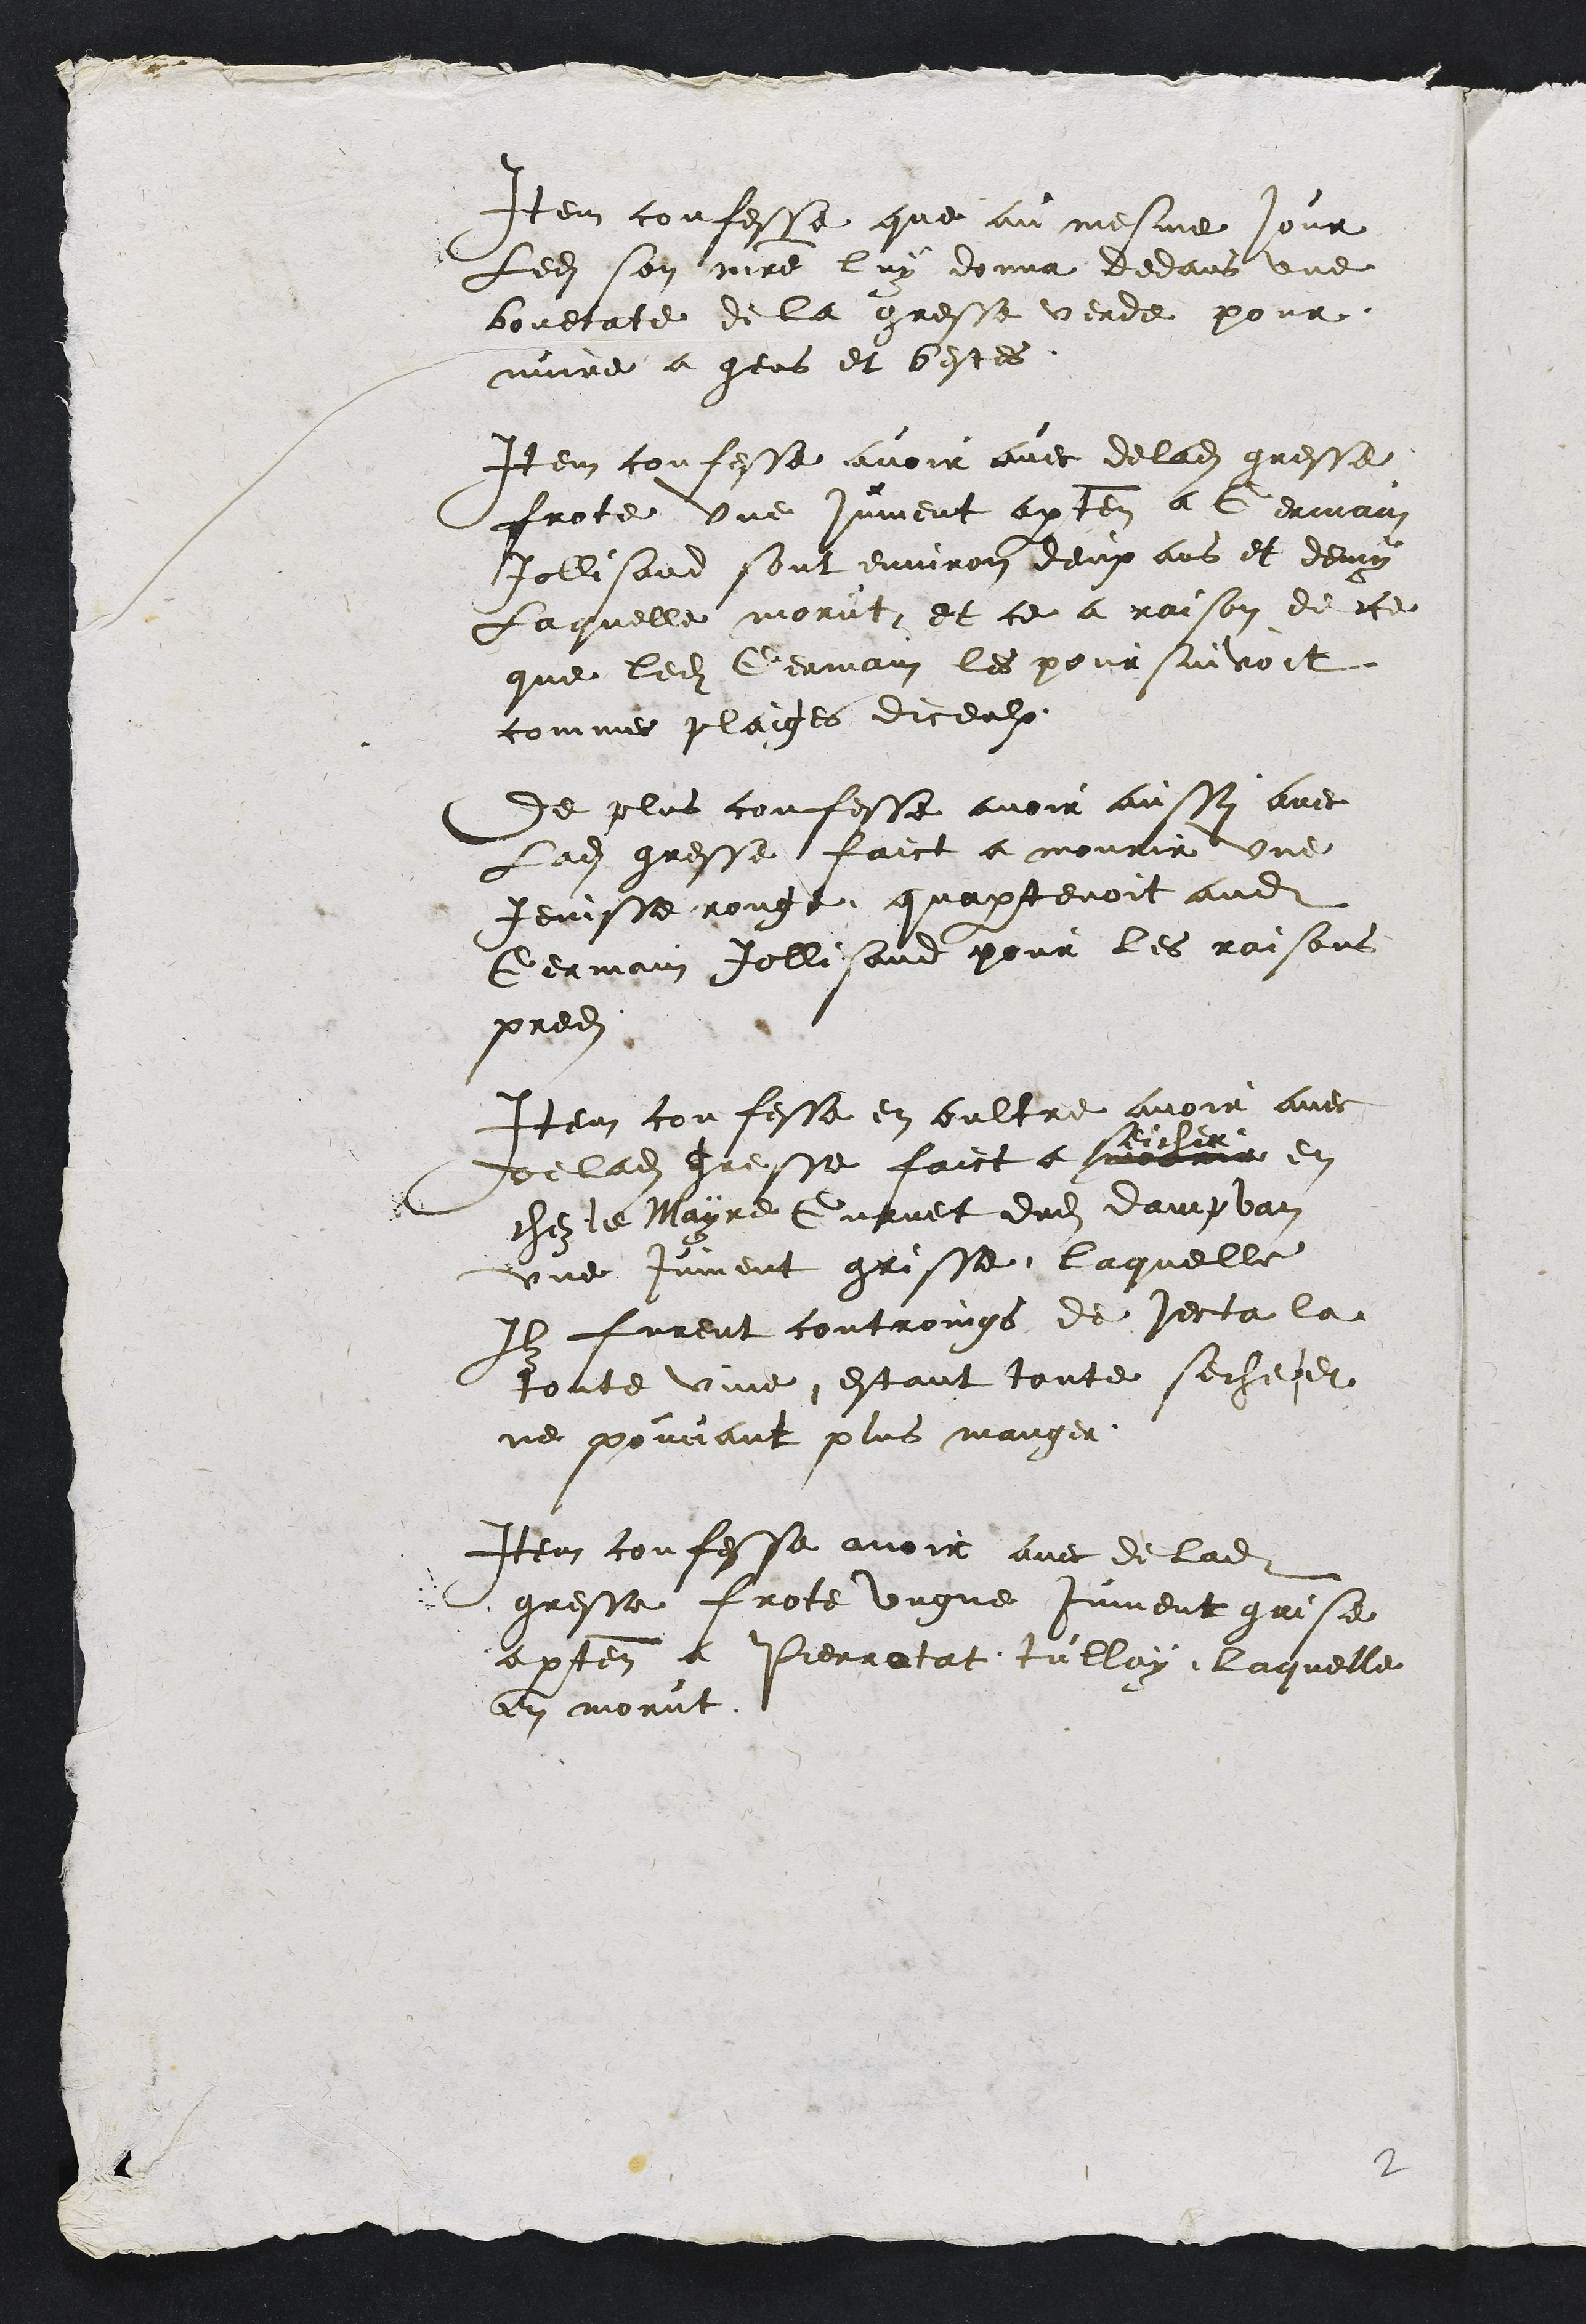
Item confesse que au mesme jour
Ledit son maitre luy donna dedans une
bouetate de la gresse verde pour
nuire a gens et bestes
Item confesse avoir avec de ladite gresse
frotte une jument apartenant a Germain
Jollisand sont environ deux ans et demy
Laquelle morut et ce a raison de ce
que ledit Germain les poursuivoit
commes plaiges diceulx
de plus confesse avoir aussy avec
Ladite gresse faict a mourir une
jenisse rouge quapartenoit audit
Germain Jollisand pour les raisons
predites
Item confesse en oultre avoir avec
de ladite gresse faict a morir
seicher
en
chez le Mayre Gunet dudit dampvan
une jument grisse laquelle
Ilz furent controings de jecta la
toute vive estant toute seche et
ne pouvant plus manger
Item confesse avoir avec de ladite
gresse frotte ungne jument grise
apartenant a Pierratat tullay laquelle
en morut